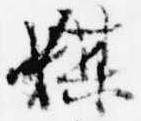
媒